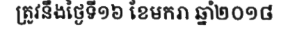
ត្រូវនឹងថ្ងៃទី១៦ ខែមករា ឆ្នាំ២០១៨